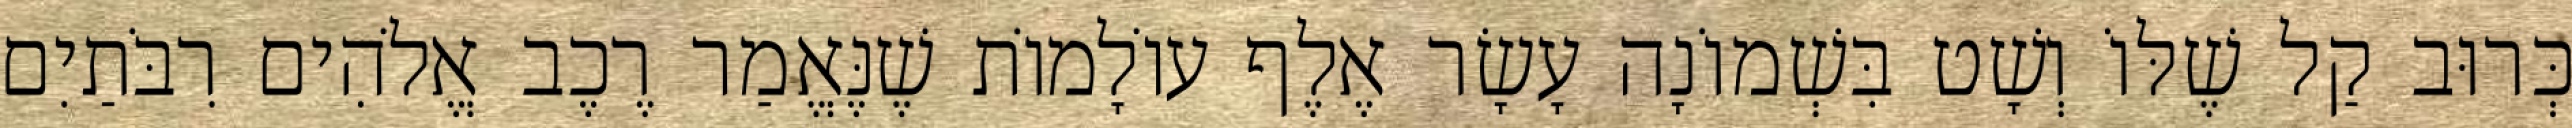
כְּרוּב קַל שֶׁלּוֹ וְשָׁט בִּשְׁמוֹנָה עָשָׂר אֶלֶף עוֹלָמוֹת שֶׁנֶּאֱמַר רֶכֶב אֱלֹהִים רִבֹּתַיִם